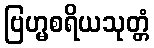
ဗြဟ္မစရိယသုတ္တံ